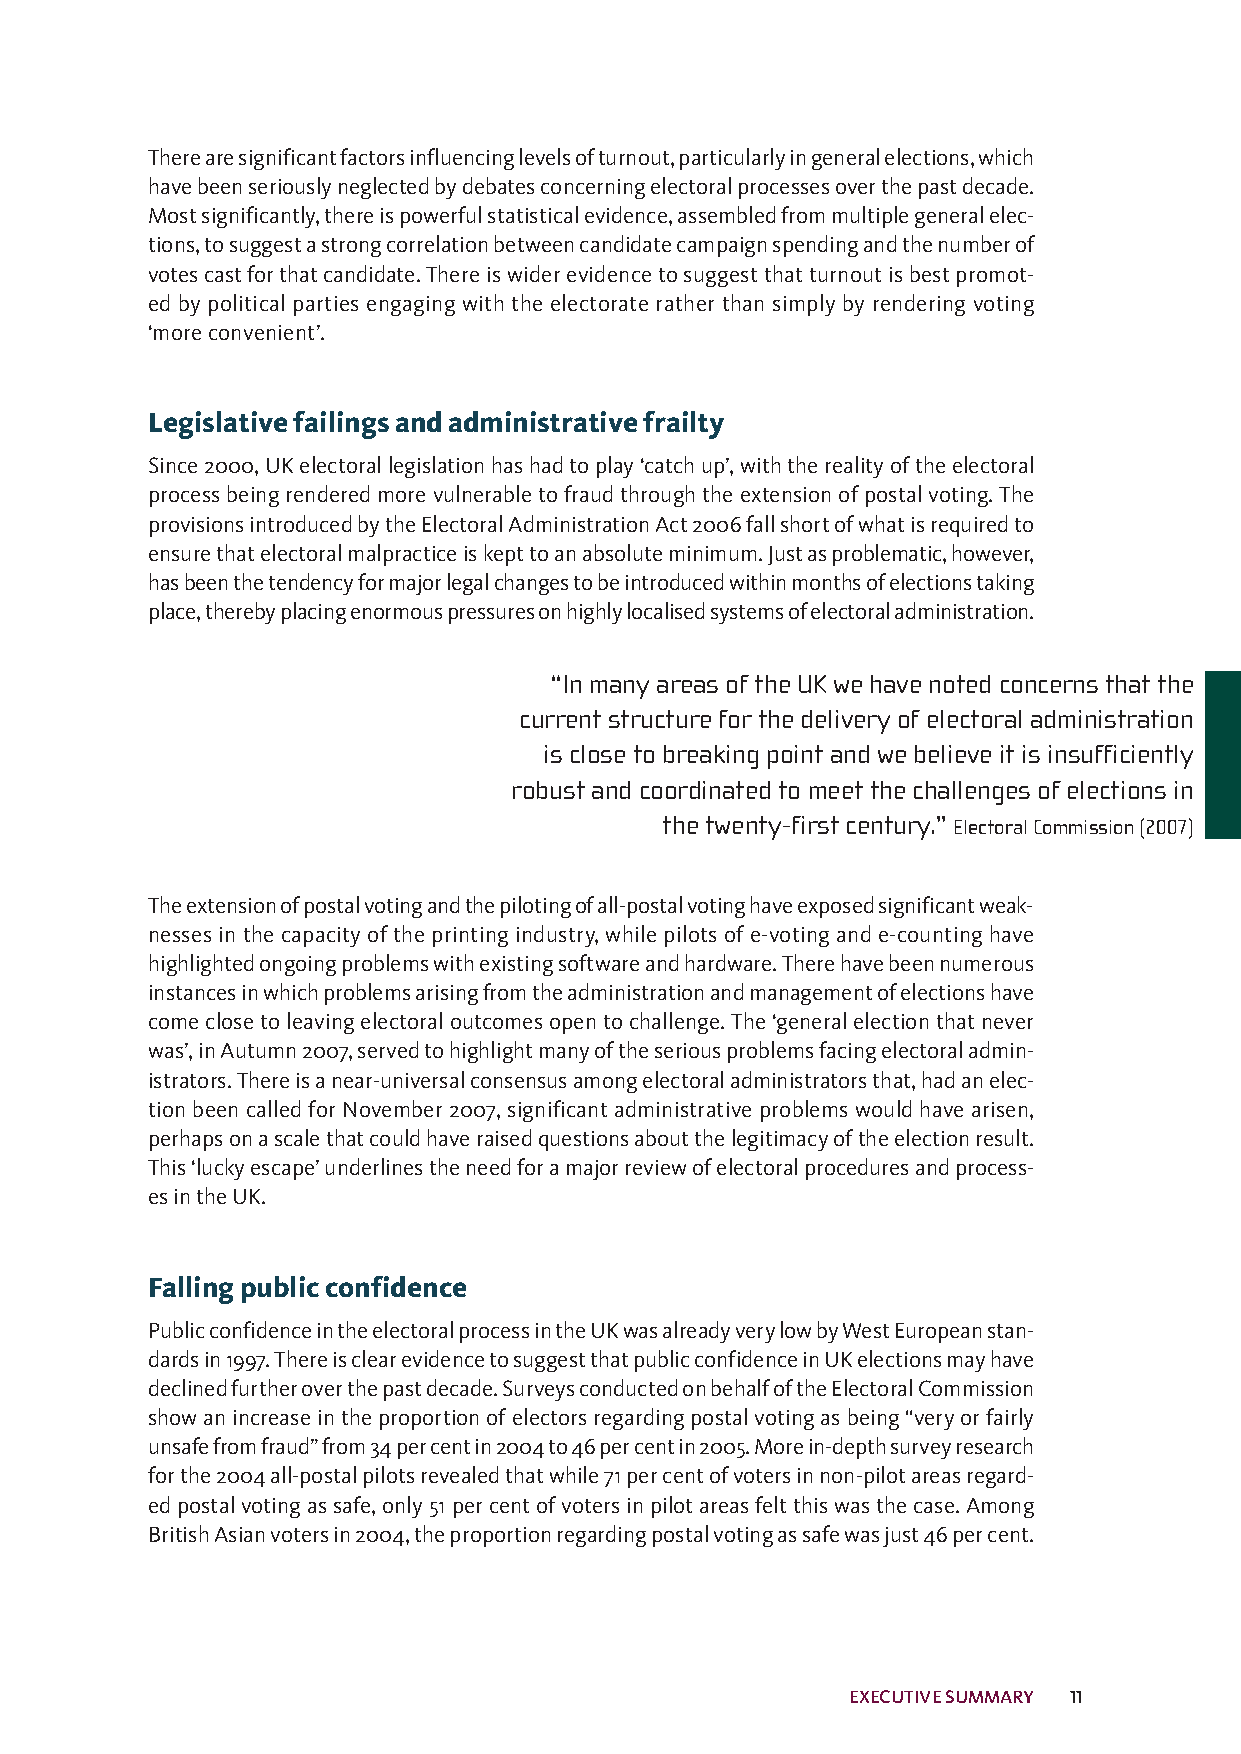
Therearesignificantfactorsinfluencinglevelsofturnout,particularlyingeneralelections,which
 havebeenseriouslyneglectedbydebatesconcerningelectoralprocessesoverthepastdecade.
 Mostsignificantly,thereispowerfulstatisticalevidence,assembledfrommultiplegeneralelec-
 tions,tosuggestastrongcorrelationbetweencandidatecampaignspendingandthenumberof
 votescastforthatcandidate.Thereiswiderevidencetosuggestthatturnoutisbestpromot-
 ed by political parties engaging with the electorate rather than simply by rendering voting
 ‘moreconvenient’.
 Legislativefailingsandadministrativefrailty
 Since2000,UKelectorallegislationhashadtoplay‘catchup’,withtherealityoftheelectoral
 processbeingrenderedmorevulnerabletofraudthroughtheextensionofpostalvoting.The
 provisionsintroducedbytheElectoralAdministrationAct2006fallshortofwhatisrequiredto
 ensurethatelectoralmalpracticeiskepttoanabsoluteminimum.Justasproblematic,however,
 hasbeenthetendencyformajorlegalchangestobeintroducedwithinmonthsofelectionstaking
 place,therebyplacingenormouspressuresonhighlylocalisedsystemsofelectoraladministration.
 “In many areas of the UK we have noted concerns that the
 current structure for the delivery of electoral administration
 is close to breaking point and we believe it is insufficiently
 robust and coordinated to meet the challenges of elections in
 the twenty-first century.” ElectoralCommission(2007)
 Theextensionofpostalvotingandthepilotingofall-postalvotinghaveexposedsignificantweak-
 nessesinthecapacityoftheprintingindustry,whilepilotsofe-votingande-countinghave
 highlightedongoingproblemswithexistingsoftwareandhardware.Therehavebeennumerous
 instancesinwhichproblemsarisingfromtheadministrationandmanagementofelectionshave
 comeclosetoleavingelectoraloutcomesopentochallenge.The‘generalelectionthatnever
 was’,inAutumn2007,servedtohighlightmanyoftheseriousproblemsfacingelectoraladmin-
 istrators.Thereisanear-universalconsensusamongelectoraladministratorsthat,hadanelec-
 tionbeencalledforNovember2007,significantadministrative problemswouldhavearisen,
 perhapsonascalethatcouldhaveraisedquestionsaboutthelegitimacyoftheelectionresult.
 This‘luckyescape’underlinestheneedforamajorreviewofelectoralproceduresandprocess-
 esintheUK.
 Fallingpublicconfidence
 PublicconfidenceintheelectoralprocessintheUKwasalreadyverylowbyWestEuropeanstan-
 dardsin1997.ThereisclearevidencetosuggestthatpublicconfidenceinUKelectionsmayhave
 declinedfurtheroverthepastdecade.SurveysconductedonbehalfoftheElectoralCommission
 showanincreaseintheproportionofelectorsregardingpostalvotingasbeing“veryorfairly
 unsafefromfraud”from34percentin2004to46percentin2005.Morein-depthsurveyresearch
 forthe2004all-postalpilotsrevealedthatwhile71percentofvotersinnon-pilotareasregard-
 edpostalvotingassafe,only51percentofvotersinpilotareasfeltthiswasthecase.Among
 BritishAsianvotersin2004,theproportionregardingpostalvotingassafewasjust46percent.
 EXECUTIVESUMMARY 11